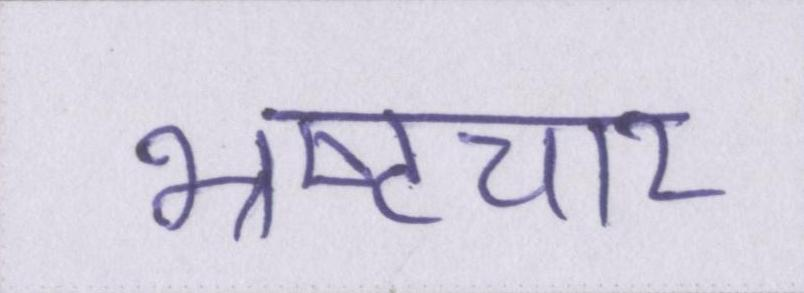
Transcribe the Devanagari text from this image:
भ्रष्टचार